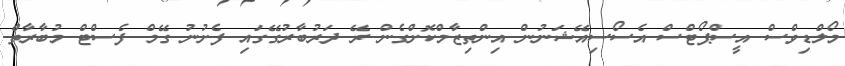
މޯލްޑިވްސް އީސްޕޯޓްސް އެސޯސިއޭޝަނުން އިންތިޒާމްކޮށްގެން ރޭ ދަރުބާރުގޭގައި ފެށުނު ގޭމް ފެސްޓް މުބާރާތް